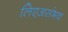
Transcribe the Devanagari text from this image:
लिएअसंभव